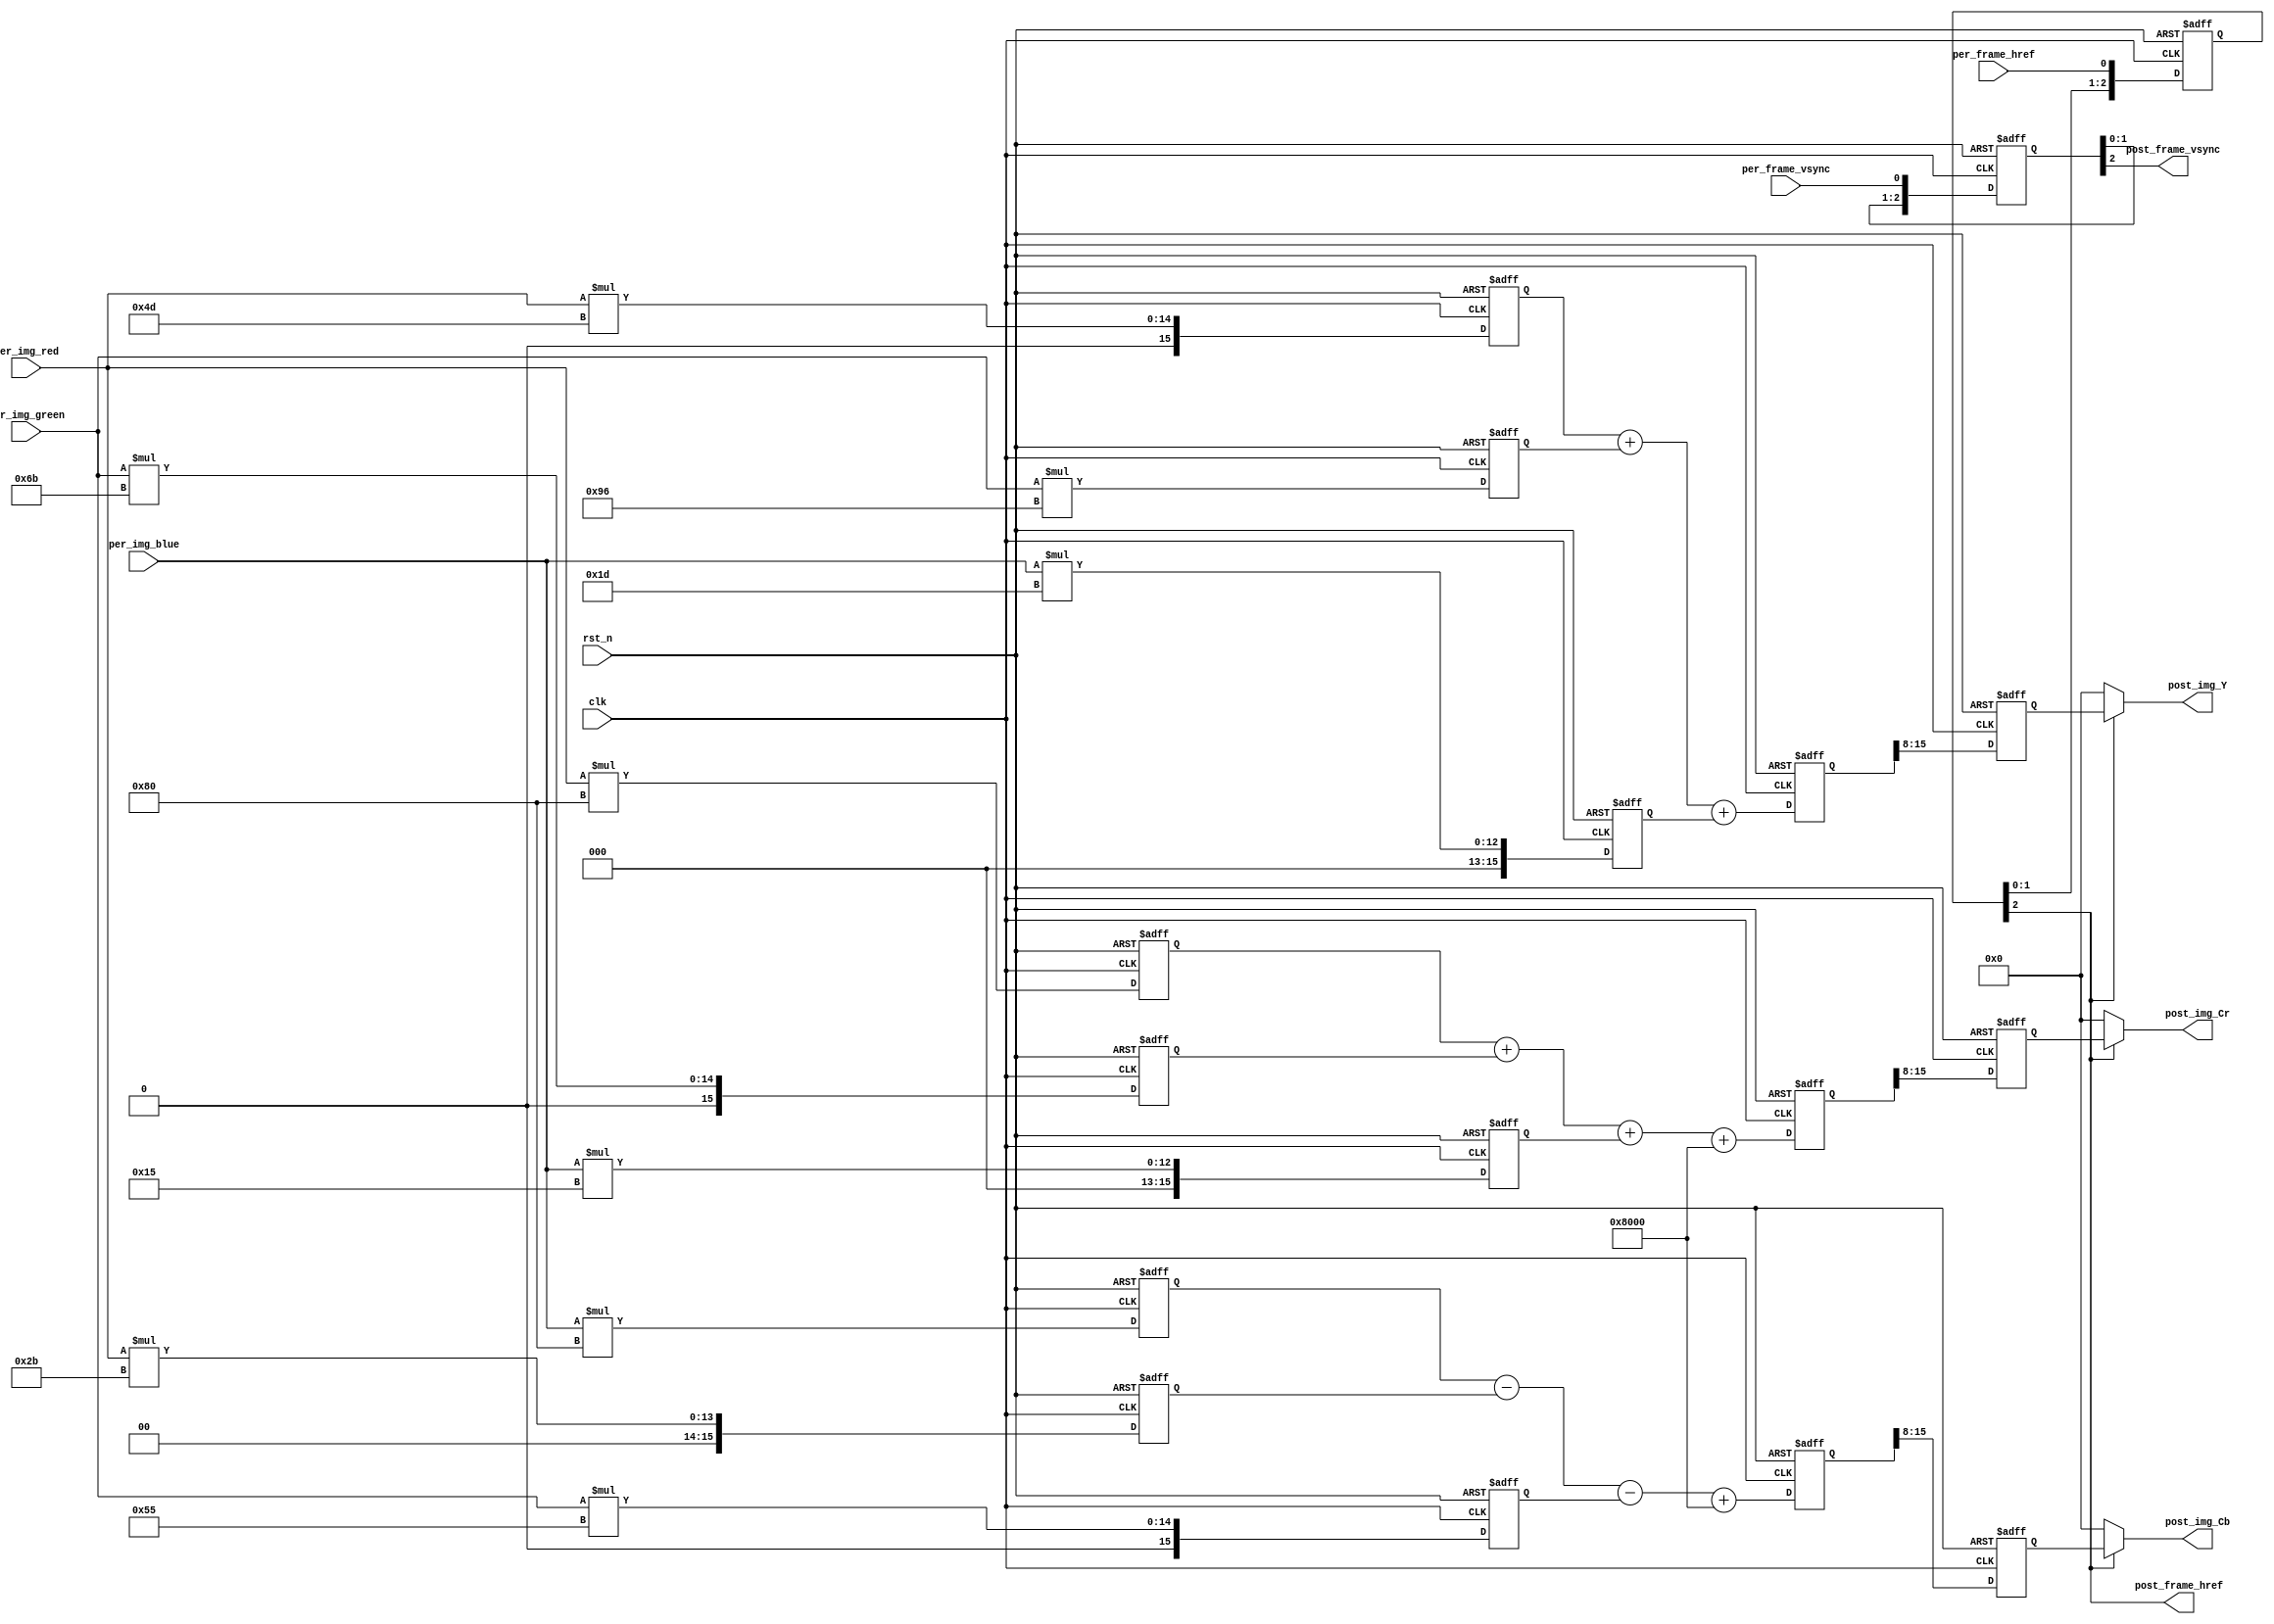
// This program was cloned from: https://github.com/Nitcloud/Digital-IDE
// License: GNU General Public License v3.0

`timescale 1ns/1ns
module RGB888_YCbCr444 (
	//global clock
	input				clk,  				//cmos video pixel clock
	input				rst_n,				//global reset

	//Image data prepred to be processd
	input				per_frame_vsync,	//Prepared Image data vsync valid signal
	input				per_frame_href,		//Prepared Image data href vaild  signal
	input		[7:0]	per_img_red,		//Prepared Image red data to be processed
	input		[7:0]	per_img_green,		//Prepared Image green data to be processed
	input		[7:0]	per_img_blue,		//Prepared Image blue data to be processed
	
	//Image data has been processd
	output				post_frame_vsync,	//Processed Image data vsync valid signal
	output				post_frame_href,	//Processed Image data href vaild  signal
	output		[7:0]	post_img_Y,			//Processed Image brightness output
	output		[7:0]	post_img_Cb,		//Processed Image blue shading output
	output		[7:0]	post_img_Cr			//Processed Image red shading output
);

//--------------------------------------------
/*********************************************
//Refer to <OV7725 Camera Module Software Applicaton Note> page 5
	Y 	=	(77 *R 	+ 	150*G 	+ 	29 *B)>>8
	Cb 	=	(-43*R	- 	85 *G	+ 	128*B)>>8 + 128
	Cr 	=	(128*R 	-	107*G  	-	21 *B)>>8 + 128
--->
	Y 	=	(77 *R 	+ 	150*G 	+ 	29 *B)>>8
	Cb 	=	(-43*R	- 	85 *G	+ 	128*B + 32768)>>8
	Cr 	=	(128*R 	-	107*G  	-	21 *B + 32768)>>8
**********************************************/
//Step 1
reg	[15:0]	img_red_r0,		img_red_r1,		img_red_r2;	
reg	[15:0]	img_green_r0,	img_green_r1,	img_green_r2; 
reg	[15:0]	img_blue_r0,	img_blue_r1,	img_blue_r2; 
always@(posedge clk or negedge rst_n) begin
	if(!rst_n) begin
		img_red_r0		<=	0; 		
		img_red_r1		<=	0; 		
		img_red_r2		<=	0; 	
		img_green_r0	<=	0; 		
		img_green_r1	<=	0; 		
		img_green_r2	<=	0; 	
		img_blue_r0		<=	0; 		
		img_blue_r1		<=	0; 		
		img_blue_r2		<=	0; 			
	end
	else begin
		img_red_r0		<=	per_img_red 	* 	8'd77; 		
		img_red_r1		<=	per_img_red 	* 	8'd43; 	
		img_red_r2		<=	per_img_red 	* 	8'd128; 		
		img_green_r0	<=	per_img_green 	* 	8'd150; 		
		img_green_r1	<=	per_img_green 	* 	8'd85; 			
		img_green_r2	<=	per_img_green 	* 	8'd107; 
		img_blue_r0		<=	per_img_blue 	* 	8'd29; 		
		img_blue_r1		<=	per_img_blue 	* 	8'd128; 			
		img_blue_r2		<=	per_img_blue 	* 	8'd21; 		
	end
end

//--------------------------------------------------
//Step 2
reg	[15:0]	img_Y_r0;	
reg	[15:0]	img_Cb_r0; 
reg	[15:0]	img_Cr_r0; 
always@(posedge clk or negedge rst_n) begin
	if(!rst_n) begin
		img_Y_r0	<=	0; 		
		img_Cb_r0	<=	0; 		
		img_Cr_r0	<=	0; 	
	end
	else begin
		img_Y_r0	<=	img_red_r0 	+ 	img_green_r0 	+ 	img_blue_r0; 		
		img_Cb_r0	<=	img_blue_r1 - 	img_red_r1 		- 	img_green_r1	+	16'd32768; 		
		img_Cr_r0	<=	img_red_r2 	+ 	img_green_r2 	+ 	img_blue_r2		+	16'd32768; 		
	end
end

//--------------------------------------------------
//Step 3
reg	[7:0]	img_Y_r1;	
reg	[7:0]	img_Cb_r1; 
reg	[7:0]	img_Cr_r1; 
always@(posedge clk or negedge rst_n) begin
	if(!rst_n) begin
		img_Y_r1	<=	0; 		
		img_Cb_r1	<=	0; 		
		img_Cr_r1	<=	0; 	
	end
	else begin
		img_Y_r1	<=	img_Y_r0[15:8];
		img_Cb_r1	<=	img_Cb_r0[15:8];
		img_Cr_r1	<=	img_Cr_r0[15:8]; 
	end
end

//------------------------------------------
//lag 3 clocks signal sync  
reg	[2:0]	per_frame_vsync_r;
reg	[2:0]	per_frame_href_r;	
always@(posedge clk or negedge rst_n) begin
	if(!rst_n) begin
		per_frame_vsync_r <= 0;
		per_frame_href_r <= 0;
	end
	else begin
		per_frame_vsync_r 	<= 	{per_frame_vsync_r[1:0], 	per_frame_vsync};
		per_frame_href_r 	<= 	{per_frame_href_r[1:0], 	per_frame_href};
	end
end
assign	post_frame_vsync 	= 	per_frame_vsync_r[2];
assign	post_frame_href 	= 	per_frame_href_r[2];
assign	post_img_Y 	= 	post_frame_href ? img_Y_r1 : 8'd0;
assign	post_img_Cb =	post_frame_href ? img_Cb_r1: 8'd0;
assign	post_img_Cr = 	post_frame_href ? img_Cr_r1: 8'd0;

endmodule